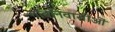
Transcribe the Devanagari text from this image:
गांवनिवासीऒं